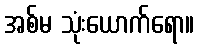
အစ်မ သုံးယောက်ရော။